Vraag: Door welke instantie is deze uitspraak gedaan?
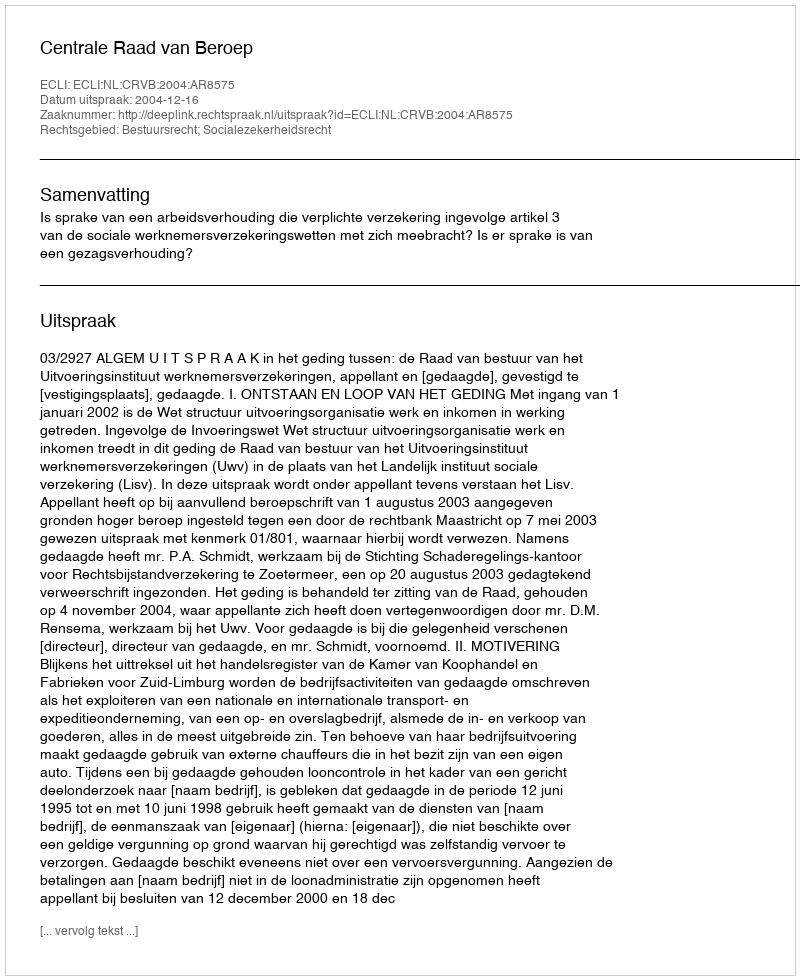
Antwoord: Centrale Raad van Beroep